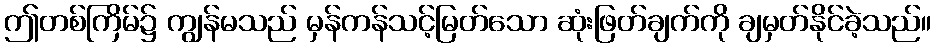
ဤတစ်ကြိမ်၌ ကျွန်မသည် မှန်ကန်သင့်မြတ်သော ဆုံးဖြတ်ချက်ကို ချမှတ်နိုင်ခဲ့သည်။